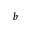
_ b